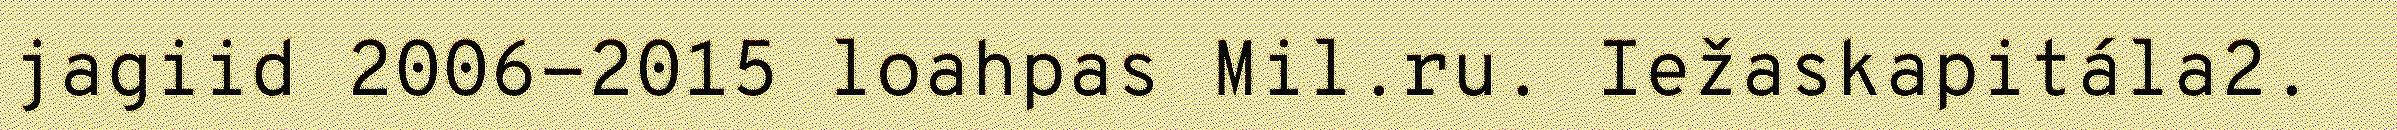
jagiid 2006-2015 loahpas Mil.ru. Iežaskapitála2.